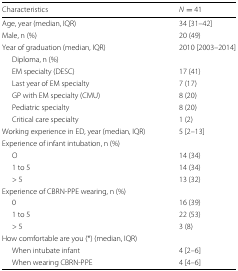
<table><thead><tr><td><b>Characteristics</b></td><td><b><i>N</i>= 41</b></td></tr></thead><tbody><tr><td>Age, year (median, IQR)</td><td>34 [31–42]</td></tr><tr><td>Male, n (%)</td><td>20 (49)</td></tr><tr><td>Year of graduation (median, IQR)</td><td>2010 [2003–2014]</td></tr><tr><td>Diploma, n (%)</td><td></td></tr><tr><td>EM specialty (DESC)</td><td>17 (41)</td></tr><tr><td>Last year of EM specialty</td><td>7 (17)</td></tr><tr><td>GP with EM specialty (CMU)</td><td>8 (20)</td></tr><tr><td>Pediatric specialty</td><td>8 (20)</td></tr><tr><td>Critical care specialty</td><td>1 (2)</td></tr><tr><td>Working experience in ED, year (median, IQR)</td><td>5 [2–13]</td></tr><tr><td>Experience of infant intubation, n (%)</td><td></td></tr><tr><td>O</td><td>14 (34)</td></tr><tr><td>1 to 5</td><td>14 (34)</td></tr><tr><td>&gt; 5</td><td>13 (32)</td></tr><tr><td>Experience of CBRN-PPE wearing, n (%)</td><td></td></tr><tr><td>0</td><td>16 (39)</td></tr><tr><td>1 to 5</td><td>22 (53)</td></tr><tr><td>&gt; 5</td><td>3 (8)</td></tr><tr><td>How comfortable are you (*) (median, IQR)</td><td></td></tr><tr><td>When intubate infant</td><td>4 [2–6]</td></tr><tr><td>When wearing CBRN-PPE</td><td>4 [4–6]</td></tr></tbody></table>